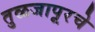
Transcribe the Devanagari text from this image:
तुळजापूरचे